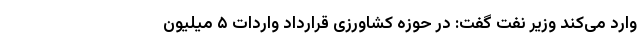
وارد می‌کند وزیر نفت گفت: در حوزه کشاورزی قرارداد واردات ۵ میلیون